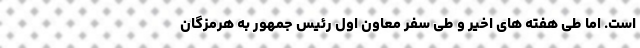
است. اما طی هفته های اخیر و طی سفر معاون اول رئیس جمهور به هرمزگان